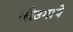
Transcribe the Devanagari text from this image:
जौउगाये